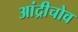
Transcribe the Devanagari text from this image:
आंद्रीचोव